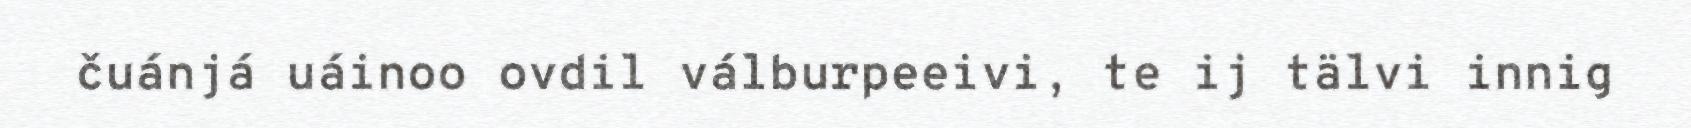
čuánjá uáinoo ovdil válburpeeivi, te ij tälvi innig